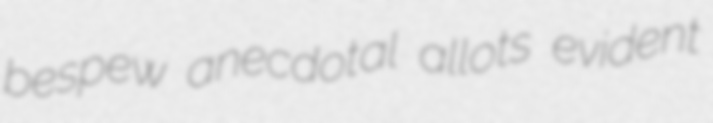
bespew anecdotal allots evident